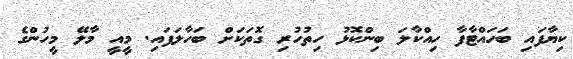
ކިޔާފައި ބަހައްޓާފާ ހިއްކާލަ ބިންކޮޅު ހިތުހުރި ގޮތަކަށް ބަހާލަފައި. މީއީ މާލޭ މީހުންގެ